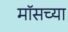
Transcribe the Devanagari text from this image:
मॉसच्या